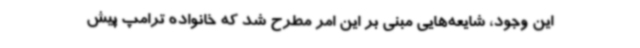
این وجود، شایعه‌هایی مبنی بر این امر مطرح شد که خانواده ترامپ پیش